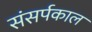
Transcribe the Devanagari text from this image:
संसर्पकाल